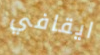
ايقافي